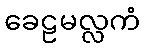
ခေဠမလ္လကံ